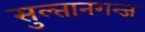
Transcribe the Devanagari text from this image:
सुल्तानगन्ज